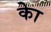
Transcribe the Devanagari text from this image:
काेे